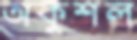
অকুশল